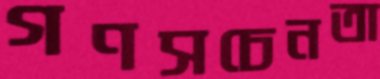
গণসচেনতা